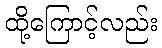
ထို့ကြောင့်လည်း